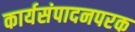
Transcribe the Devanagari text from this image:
कार्यसंपादनपरक